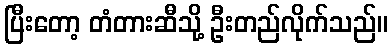
ပြီးတော့ တံတားဆီသို့ ဦးတည်လိုက်သည်။